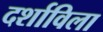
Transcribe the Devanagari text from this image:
दर्शाविला